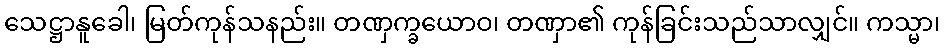
သေဋ္ဌာနူခေါ၊ မြတ်ကုန်သနည်း။ တဏှက္ခယောဝ၊ တဏှာ၏ ကုန်ခြင်းသည်သာလျှင်။ ကသ္မာ၊